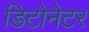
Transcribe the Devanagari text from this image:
डिटोनेटर